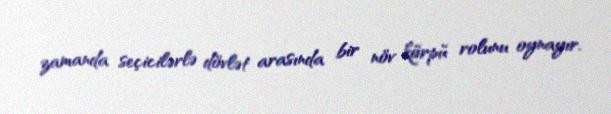
zamanda seçicilərlə dövlət arasında bir növ körpü rolunu oynayır.